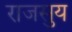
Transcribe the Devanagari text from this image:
राजसुय